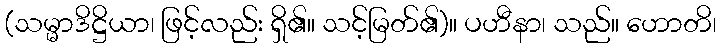
(သမ္မာဒိဋ္ဌိယာ၊ ဖြင့်လည်း ရှိ၏။ သင့်မြတ်၏)။ ပဟီနာ၊ သည်။ ဟောတိ၊